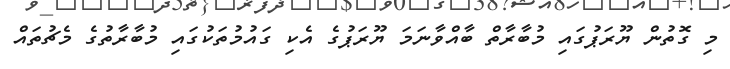
މި ގޮތުން ޔޫރަޕުގައި މުބާރާތް ބާއްވާނަމަ ޔޫރަޕުގެ އެކި ގައުމުތަކުގައި މުބާރާތުގެ މެޗުތައް